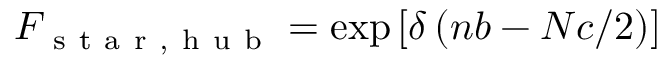
F _ { \mathrm { ~ s ~ t ~ a ~ r ~ } , \mathrm { ~ h ~ u ~ b ~ } } = \exp \left[ \delta \left( n b - N c / 2 \right) \right]